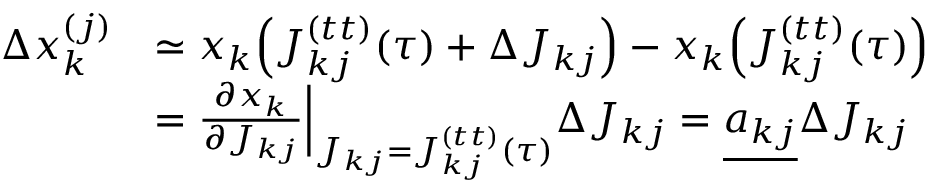
\begin{array} { r l } { \Delta x _ { k } ^ { ( j ) } } & { \simeq x _ { k } \Big ( J _ { k j } ^ { ( t t ) } ( \tau ) + \Delta J _ { k j } \Big ) - x _ { k } \Big ( J _ { k j } ^ { ( t t ) } ( \tau ) \Big ) } \\ & { = \frac { \partial x _ { k } } { \partial J _ { k j } } \Big | _ { J _ { k j } = J _ { k j } ^ { ( t t ) } ( \tau ) } \Delta J _ { k j } = \underline { { a _ { k j } } } \Delta J _ { k j } } \end{array}